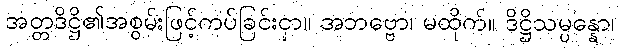
အတ္တဒိဋ္ဌိ၏အစွမ်းဖြင့်ကပ်ခြင်းငှာ။ အဘဗ္ဗော၊ မထိုက်။ ဒိဋ္ဌိသမ္ပန္နော၊